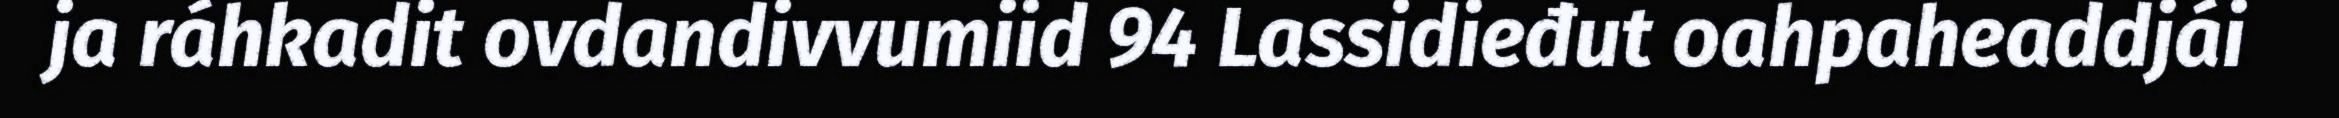
ja ráhkadit ovdandivvumiid 94 Lassidieđut oahpaheaddjái